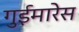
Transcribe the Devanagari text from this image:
गुईमारेस